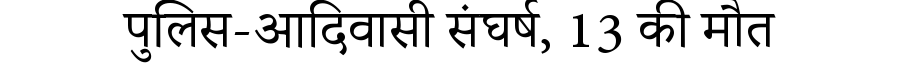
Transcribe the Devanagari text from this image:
पुलिस-आदिवासी संघर्ष, 13 की मौत